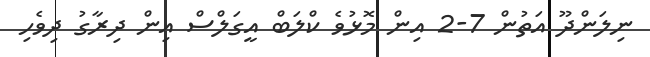
ނިލަންދޫ އަތުން 7-2 އިން މޮޅުވެ ކްލަބް އީގަލްސް އިން ދިރާގު ދިވެހި